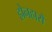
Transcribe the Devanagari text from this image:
होनहारों